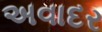
અવાદર